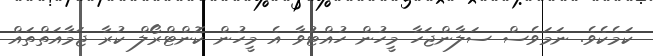
ކަމެކެވެ. ނަމަވެސް ސަލާންޖަހާ މީހުން ހުއްޓުވާ އެ މީހުން ކޮންޓްރޯލް ކުރާ ޖަމާއަތްތައް